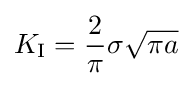
K_{\rm {I}}={\frac {2}{\pi }}\sigma {\sqrt {\pi a}}